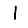
Digit: 1